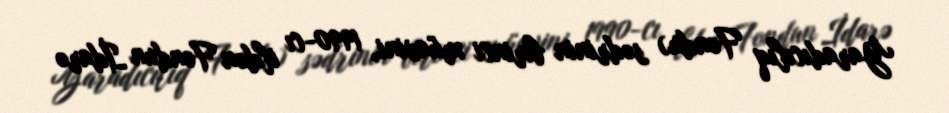
Yaradıcılıq Fondu) sədrinin birinci müavini, 1990-cı ildən Fondun İdarə